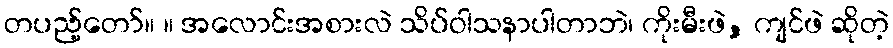
တပည့်တော်။ ။ အလောင်းအစားလဲ သိပ်ဝါသနာပါတာဘဲ၊ ကိုးမီးဖဲ, ကျင်ဖဲ ဆိုတဲ့